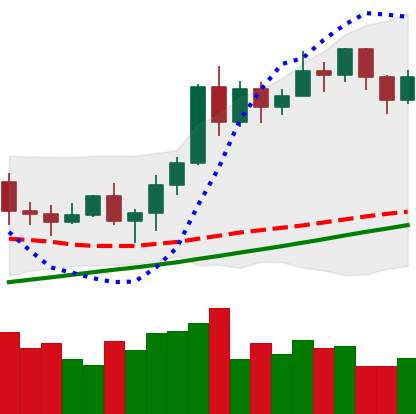
Ticker: ETH-USD
Chart end date: 2020-11-16
Forward return: 19.469%
Label: up_7plus